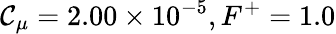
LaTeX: \mathcal{C}_{\mu}=2.00\times10^{-5},F^{+}=1.0